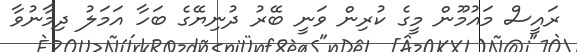
ރައީސް މައުމޫން މީގެ ކުރިން ވަނީ ބޭރު ދުނިޔޭގެ ބަހާ އަމަލު ދިމާނުވާ